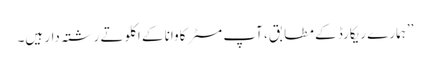
’’ہمارے ریکارڈ کے مطابق، آپ مسٹر کاوانا کے اکلوتے رشتہ دار ہیں۔